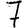
Digit: 7